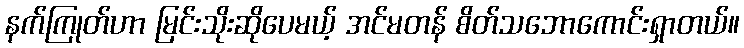
နက်ကြုတ်ဟာ မြင်းသိုးဆိုပေမယ့် အင်မတန် စိတ်သဘောကောင်းရှာတယ်။